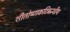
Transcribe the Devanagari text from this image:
शीतोष्णकटिबन्धीय